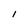
Character: I